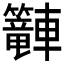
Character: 𲄿